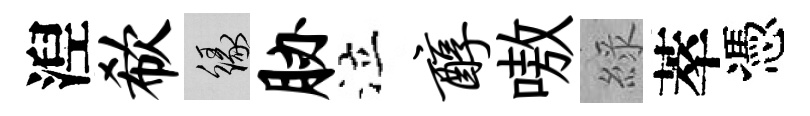
湼欷緣胁泣醇嗷綠萃憑